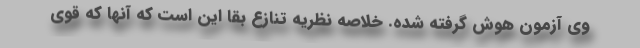
وی آزمون هوش گرفته شده. خلاصه نظریه تنازع بقا این است که آنها که قوی